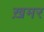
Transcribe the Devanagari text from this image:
ख़मर